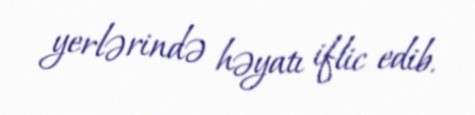
yerlərində həyatı iflic edib.